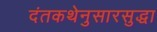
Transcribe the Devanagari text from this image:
दंतकथेनुसारसुद्धा